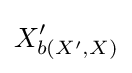
X'_{b(X',X)}